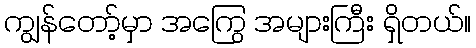
ကျွန်တော့်မှာ အကြွေ အများကြီး ရှိတယ်။